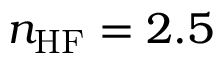
n _ { \mathrm { H F } } = 2 . 5